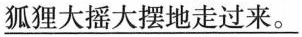
\underline{狐狸大摇大摆地走过来。}